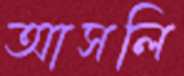
আসলি